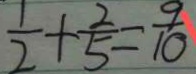
\frac { 1 } { 2 } + \frac { 2 } { 5 } = \frac { 9 } { 1 0 }